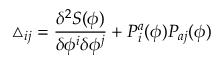
\triangle _ { i j } = \frac { \delta ^ { 2 } S ( \phi ) } { \delta \phi ^ { i } \delta \phi ^ { j } } + P _ { i } ^ { a } ( \phi ) P _ { a j } ( \phi )